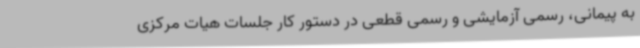
به پیمانی، رسمی آزمایشی و رسمی قطعی در دستور کار جلسات هیات مرکزی